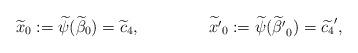
LaTeX: \begin{align*}&\widetilde{x}_0 := \widetilde{\psi}(\widetilde{\beta}_0) = \widetilde{c}_4,& &\widetilde{x^\prime}_0 := \widetilde{\psi}(\widetilde{\beta^\prime}_0) = \widetilde{c_4}^\prime,&\end{align*}